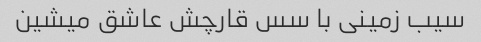
سیب زمینی با سس قارچش عاشق میشین